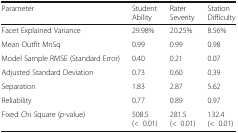
<table><thead><tr><td><b>Parameter</b></td><td><b>Student Ability</b></td><td><b>Rater Severity</b></td><td><b>Station Difficulty</b></td></tr></thead><tbody><tr><td>Facet Explained Variance</td><td>29.98%</td><td>20.25%</td><td>8.56%</td></tr><tr><td>Mean Outfit MnSq</td><td>0.99</td><td>0.99</td><td>0.98</td></tr><tr><td>Model Sample RMSE (Standard Error)</td><td>0.40</td><td>0.21</td><td>0.07</td></tr><tr><td>Adjusted Standard Deviation</td><td>0.73</td><td>0.60</td><td>0.39</td></tr><tr><td>Separation</td><td>1.83</td><td>2.87</td><td>5.62</td></tr><tr><td>Reliability</td><td>0.77</td><td>0.89</td><td>0.97</td></tr><tr><td>Fixed Chi Square (<i>p</i>-value)</td><td>508.5(&lt;0.01)</td><td>281.5(&lt;0.01)</td><td>132.4(&lt;0.01)</td></tr></tbody></table>